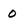
Character: 0